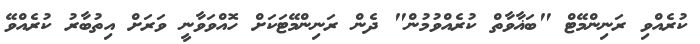
ކުރެއްވި ރަނިންމޭޓް "ބަޣާވާތް ކުރެއްވުމުން" ދެން ރަނިންމޭޓަކަށް ހޮއްވަވާނީ ވަރަށް އިތުބާރު ކުރެއްވޭ